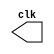
// ----------------------------------------------------------------------------------------------------------------------
// Guia 09 - Exericio 03 - gerador de pulsos sincronizado apenas com as variaes (de subida e de descida) de "clock" e
// durao de 4 unidades de tempo.
// Nome: Eduardo de Abreu Fortes
// ----------------------------------------------------------------------------------------------------------------------

//--------
//--Clock
//--------

module clock ( clk );
output clk;
reg clk;

initial
begin

clk = 1'b0;

end

always

begin
# 1clk = ~clk;
end

endmodule //--fim module clock

//--------
//--Pulso
//--------

module pulse ( signal, clock );
input clock;
output signal;
reg signal;

always @ ( clock )

begin
signal = 1'b0;
#4 signal = 1'b1;
#4 signal = 1'b0;
end

endmodule //--fim module pulse

//--------------
//--Teste Pulse
//--------------

module testpulse;

wire clock;
clock clk ( clock );
wire p1;
pulse pulse1 ( p1, clock );

initial begin
$dumpfile ( "guia09_ex03.vcd" );
$dumpvars (1, clock, p1);
#480 $finish;
end
endmodule //--fim module teste pulse